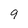
Character: 9